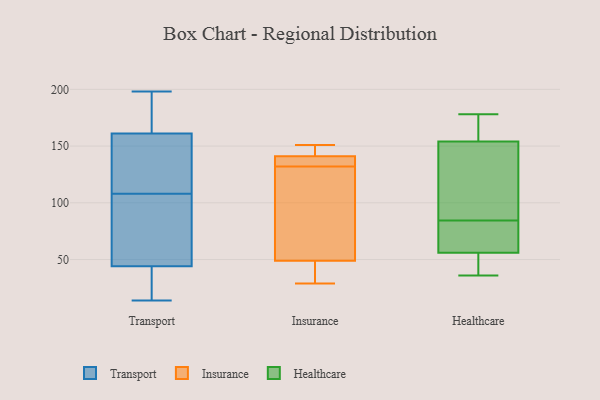
{"axis": {"x": "Energy Usage (MWh)", "y": "Value"}, "legend": ["Healthcare", "Insurance", "Transport"], "data": [{"x": "", "y": 191, "type": "Transport"}, {"x": "", "y": 198, "type": "Transport"}, {"x": "", "y": 84, "type": "Transport"}, {"x": "", "y": 161, "type": "Transport"}, {"x": "", "y": 44, "type": "Transport"}, {"x": "", "y": 14, "type": "Transport"}, {"x": "", "y": 34, "type": "Transport"}, {"x": "", "y": 114, "type": "Transport"}, {"x": "", "y": 161, "type": "Transport"}, {"x": "", "y": 167, "type": "Transport"}, {"x": "", "y": 148, "type": "Transport"}, {"x": "", "y": 72, "type": "Transport"}, {"x": "", "y": 20, "type": "Transport"}, {"x": "", "y": 109, "type": "Transport"}, {"x": "", "y": 107, "type": "Transport"}, {"x": "", "y": 149, "type": "Transport"}, {"x": "", "y": 27, "type": "Transport"}, {"x": "", "y": 91, "type": "Transport"}, {"x": "", "y": 29, "type": "Insurance"}, {"x": "", "y": 49, "type": "Insurance"}, {"x": "", "y": 49, "type": "Insurance"}, {"x": "", "y": 143, "type": "Insurance"}, {"x": "", "y": 131, "type": "Insurance"}, {"x": "", "y": 55, "type": "Insurance"}, {"x": "", "y": 133, "type": "Insurance"}, {"x": "", "y": 136, "type": "Insurance"}, {"x": "", "y": 141, "type": "Insurance"}, {"x": "", "y": 151, "type": "Insurance"}, {"x": "", "y": 72, "type": "Healthcare"}, {"x": "", "y": 56, "type": "Healthcare"}, {"x": "", "y": 157, "type": "Healthcare"}, {"x": "", "y": 36, "type": "Healthcare"}, {"x": "", "y": 77, "type": "Healthcare"}, {"x": "", "y": 151, "type": "Healthcare"}, {"x": "", "y": 178, "type": "Healthcare"}, {"x": "", "y": 92, "type": "Healthcare"}, {"x": "", "y": 148, "type": "Healthcare"}, {"x": "", "y": 161, "type": "Healthcare"}, {"x": "", "y": 56, "type": "Healthcare"}, {"x": "", "y": 50, "type": "Healthcare"}]}